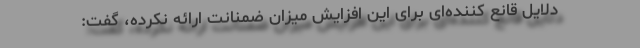
دلایل قانع کننده‌ای برای این افزایش میزان ضمنانت ارائه نکرده، گفت: